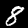
Digit: 8